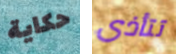
حكاية تتأذى